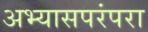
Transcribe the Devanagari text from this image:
अभ्यासपरंपरा